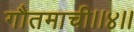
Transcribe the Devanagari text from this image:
गौतमाची।।४।।